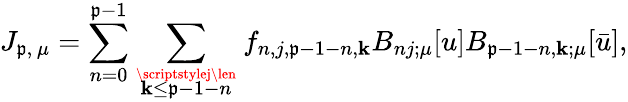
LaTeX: J_{\mathfrak{p},\, \mu}=\sum_{n=0}^{\mathfrak{p}-1}\sum_{{\scriptstylej\len}\atop{\scriptstyle\mathbf{k}\le\mathfrak{p}-1-n}}f_{n,j,\mathfrak{p}-1-n,\mathbf{k}}B_{nj;\mu}[u]B_{\mathfrak{p}-1-n,\mathbf{k};\mu}[\bar{{u}}],